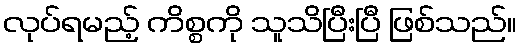
လုပ်ရမည့် ကိစ္စကို သူသိပြီးပြီ ဖြစ်သည်။